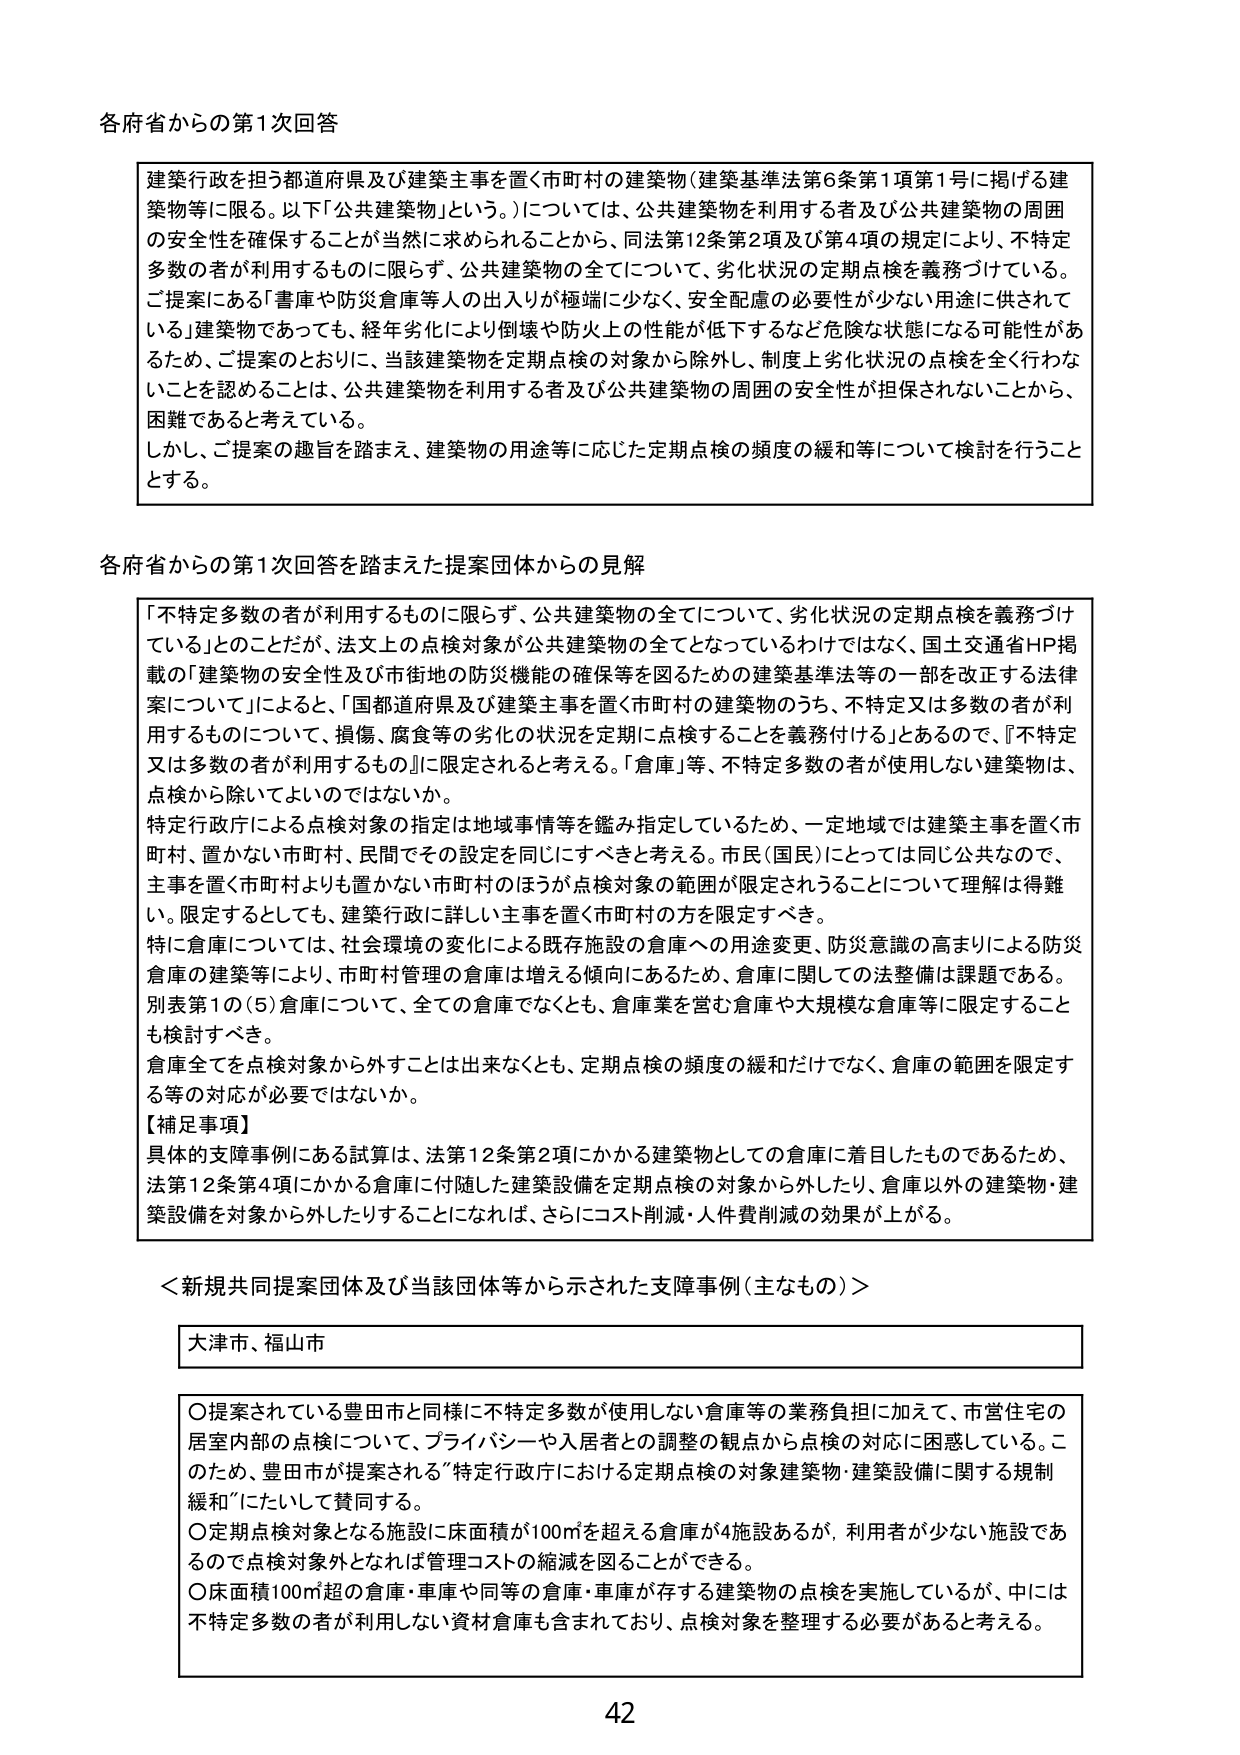
各府省からの第1次回答

建築行政を担う都道府県及び建築主事を置く市町村の建築物（建築基準法第6条第1項第1号に掲げる建築物等に限る。以下「公共建築物」という。）については、公共建築物を利用する者及び公共建築物の周囲の安全性を確保することが当然に求められることから、同法第12条第2項及び第4項の規定により、不特定多数の者が利用するものに限らず、公共建築物の全てについて、劣化状況の定期点検を義務づけている。ご提案にある「書庫や防災倉庫等人の出入りが極端に少なく、安全配慮の必要性が少ない用途に供されている」建築物であっても、経年劣化により倒壊や防火上の性能が低下するなど危険な状態になる可能性があるため、ご提案のとおりに、当該建築物を定期点検の対象から除外し、制度上劣化状況の点検を全く行わないことを認めることは、公共建築物を利用する者及び公共建築物の周囲の安全性が担保されないことから、困難であると考えている。しかし、ご提案の趣旨を踏まえ、建築物の用途等に応じた定期点検の頻度の緩和等について検討を行うこととする。

各府省からの第1次回答を踏まえた提案団体からの見解

「不特定多数の者が利用するものに限らず、公共建築物の全てについて、劣化状況の定期点検を義務づけている」とのことだが、法文上の点検対象が公共建築物の全てとなっているわけではなく、国土交通省HP掲載の「建築物の安全性及び市街地の防災機能の確保等を図るための建築基準法等の一部を改正する法律案について」によると、「国都道府県及び建築主事を置く市町村の建築物のうち、不特定又は多数の者が利用するものについて、損傷、腐食等の劣化の状況を定期に点検することを義務付ける」とあるので、『不特定又は多数の者が利用するもの』に限定されると考える。「倉庫」等、不特定多数の者が使用しない建築物は、点検から除いてよいのではないか。

特定行政庁による点検対象の指定は地域事情等を鑑み指定しているため、一定地域では建築主事を置く市町村、置かない市町村、民間でその設定を同じにすべきと考える。市民（国民）にとっては同じ公共なので、主事を置く市町村よりも置かない市町村のほうが点検対象の範囲が限定されうることについて理解は得難い。限定するとしても、建築行政に詳しい主事を置く市町村の方を限定すべき。

特に倉庫については、社会環境の変化による既存施設の倉庫への用途変更、防災意識の高まりによる防災倉庫の建築等により、市町村管理の倉庫は増える傾向にあるため、倉庫に関しての法整備は課題である。別表第1の（5）倉庫について、全ての倉庫でなくとも、倉庫業を営む倉庫や大規模な倉庫等に限定することも検討すべき。

倉庫全てを点検対象から外すことは出来なくとも、定期点検の頻度の緩和だけでなく、倉庫の範囲を限定する等の対応が必要ではないか。

【補足事項】
具体的な支障事例にある試算は、法第12条第2項にかかる建築物としての倉庫に着目したものであるため、法第12条第4項にかかる倉庫に付随した建築設備を定期点検の対象から外したり、倉庫以外の建築物・建築設備を対象から外したりすることになれば、さらにコスト削減・人件費削減の効果が上がる。

＜新規共同提案団体及び当該団体等から示された支障事例（主なもの）＞

大津市、福山市

〇提案されている豊田市と同様に不特定多数が使用しない倉庫等の業務負担に加えて、市営住宅の居室内部の点検について、プライバシーや入居者との調整の観点から点検の対応に困惑している。このため、豊田市が提案される「特定行政庁における定期点検の対象建築物・建築設備に関する規制緩和」にたいして賛同する。

〇定期点検対象となる施設に床面積が100㎡を超える倉庫が4施設あるが、利用者が少ない施設であるので点検対象外とすれば管理コストの縮減を図ることができる。

〇床面積100㎡超の倉庫・車庫や同等の倉庫・車庫が存する建築物の点検を実施しているが、中には不特定多数の者が利用しない資材倉庫も含まれており、点検対象を整理する必要があると考える。

42